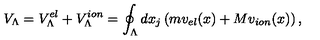
V _ { \Lambda } = V _ { \Lambda } ^ { e l } + V _ { \Lambda } ^ { i o n } = \oint _ { \Lambda } d x _ { j } \left( m v _ { e l } ( x ) + M v _ { i o n } ( x ) \right) ,